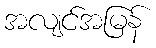
အလျင်အမြန်